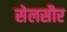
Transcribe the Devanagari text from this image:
सेलसौर